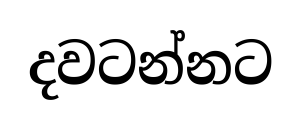
දවටන්නට